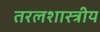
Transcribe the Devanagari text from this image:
तरलशास्त्रीय